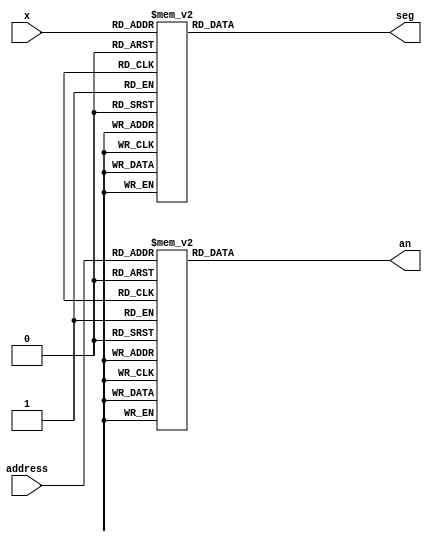
`timescale 1ns / 1ps
//////////////////////////////////////////////////////////////////////////////////
// Company: 
// Engineer: 
// 
// Design Name: 
// Module Name: bcdto7segment_dataflow
// Project Name: 
// Target Devices: 
// Tool Versions: 
// Description: 
// 
// Dependencies: 
// 
// Revision:
// Revision 0.01 - File Created
// Additional Comments:
// 
//////////////////////////////////////////////////////////////////////////////////


module bcdto7segment_dataflow(
    input [3:0] x,
    input [2:0] address,
    output reg [7:0] an,
    output reg [6:0] seg
    );
    always @ (*)
        begin
            case(address)
                3'd0:an=8'b11111110;
                3'd1:an=8'b11111101;
                3'd2:an=8'b11111011;
                3'd3:an=8'b11110111;
                3'd4:an=8'b11101111;
                3'd5:an=8'b11011111;
                3'd6:an=8'b10111111;
                3'd7:an=8'b01111111;
            endcase
        end
    
    always @ (*)
    begin
        case(x)
            4'd0:seg=7'b1000000;
            4'd1:seg=7'b1111001;
            4'd2:seg=7'b0100100;
            4'd3:seg=7'b0110000;
            4'd4:seg=7'b0011001;
            4'd5:seg=7'b0010010;
            4'd6:seg=7'b0000010;
            4'd7:seg=7'b1111000;
            4'd8:seg=7'b0000000;
            4'd9:seg=7'b0010000;
            default:seg=7'b1111111;
        endcase
    end
endmodule